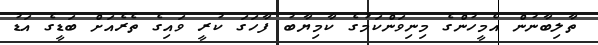
ތާލިބާނުން އެމީހުންގެ މިނިވަންކަމުގެ ކާމިޔާބު ފާހަގަ ކުރީ ވައިގެ ތެރެއަށް ބަޑީގެ އަޑު